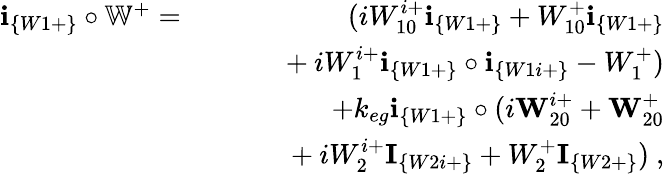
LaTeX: \begin{array}{rlr}{\textbf{i}_{\{ W1+\} }\circ\mathbb{W}^{+}=}&{}&{(iW_{10}^{i+}\textbf{i}_{\{ W1+\} }+W_{10}^{+}\textbf{i}_{\{ W1+\} }}\\ &{}&{~~~~~~+iW_{1}^{i+}\textbf{i}_{\{ W1+\} }\circ\textbf{i}_{\{ W1i+\} }-W_{1}^{+})}\\ &{}&{+k_{eg}\textbf{i}_{\{ W1+\} }\circ(i\textbf{W}_{20}^{i+}+\textbf{W}_{20}^{+}}\\ &{}&{~~~~~~+iW_{2}^{i+}\textbf{I}_{\{ W2i+\} }+W_{2}^{+}\textbf{I}_{\{ W2+\} })~,}\end{array}